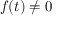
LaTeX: f ( t ) \neq 0